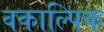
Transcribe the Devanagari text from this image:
वकाल्पिक